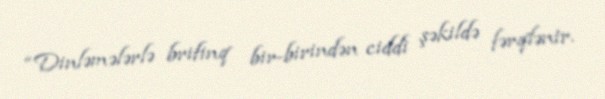
“Dinləmələrlə brifinq bir-birindən ciddi şəkildə fərqlənir.